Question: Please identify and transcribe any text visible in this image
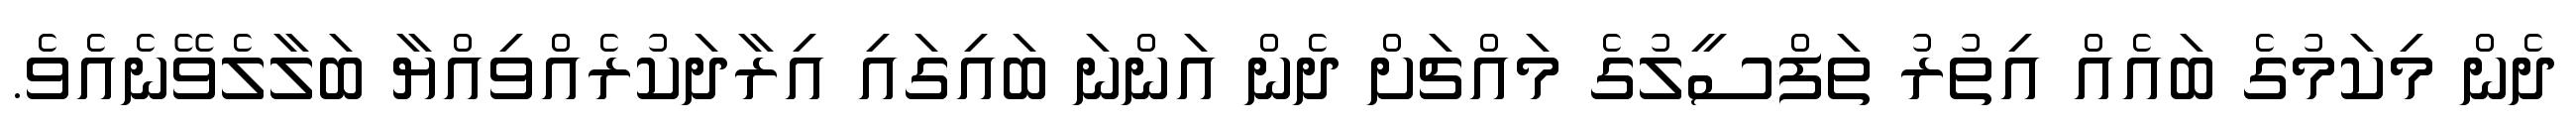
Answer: ދެން މިކަމުގެ ބައެއް އިތުރު ތަފްސީލުގެ މައްޗަށް ދެން އަންނަ ބައިގައި އިރާދަކުރެއްވިއްޔާ ބަލާލެވޭނެއެވެ.